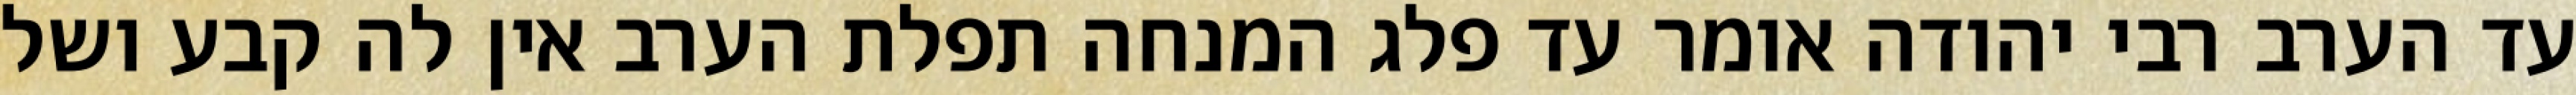
עד הערב רבי יהודה אומר עד פלג המנחה תפלת הערב אין לה קבע ושל